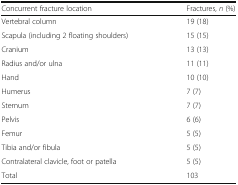
<table><thead><tr><td><b>Concurrent fracture location</b></td><td><b>Fractures, <i>n</i> (%)</b></td></tr></thead><tbody><tr><td>Vertebral column</td><td>19 (18)</td></tr><tr><td>Scapula (including 2 floating shoulders)</td><td>15 (15)</td></tr><tr><td>Cranium</td><td>13 (13)</td></tr><tr><td>Radius and/or ulna</td><td>11 (11)</td></tr><tr><td>Hand</td><td>10 (10)</td></tr><tr><td>Humerus</td><td>7 (7)</td></tr><tr><td>Sternum</td><td>7 (7)</td></tr><tr><td>Pelvis</td><td>6 (6)</td></tr><tr><td>Femur</td><td>5 (5)</td></tr><tr><td>Tibia and/or fibula</td><td>5 (5)</td></tr><tr><td>Contralateral clavicle, foot or patella</td><td>5 (5)</td></tr><tr><td>Total</td><td>103</td></tr></tbody></table>